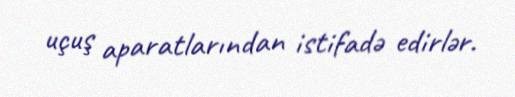
uçuş aparatlarından istifadə edirlər.